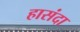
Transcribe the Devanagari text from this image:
हासंदा